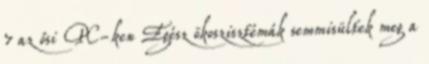
7 az ősi PC-ken Egész ökoszisztémák semmisültek meg a